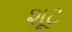
શૂટ